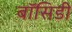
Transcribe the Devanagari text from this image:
बॉसिडी